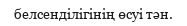
белсенділігінің өсуі тән.